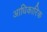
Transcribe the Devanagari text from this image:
अाधिकारिक